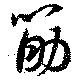
筋